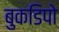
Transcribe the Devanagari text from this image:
बुकडिपो